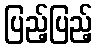
ပြည့်ပြည့်